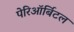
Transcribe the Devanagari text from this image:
पेरिऑर्बिटल